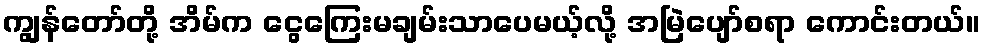
ကျွန်တော်တို့ အိမ်က ငွေကြေးမချမ်းသာပေမယ့်လို့ အမြဲပျော်စရာ ကောင်းတယ်။